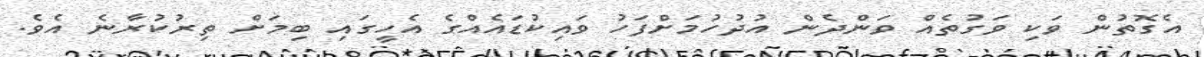
އެގޮތުން ވަކި ވަގުތެއް ވަންދެން އުދުހުމަށްފަހު ވައިކުޑައެއްގެ އެހީގައި ބިމަށް ތިރުކުރާނެ އެވެ.